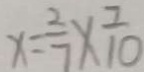
x = \frac { 2 } { 7 } \times \frac { 7 } { 1 0 }